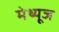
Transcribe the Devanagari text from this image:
मेथ्यूज